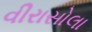
વીરાસોલા